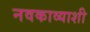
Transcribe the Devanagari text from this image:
नवकाव्याशी